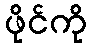
ဖိုင်ကို